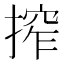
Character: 搾